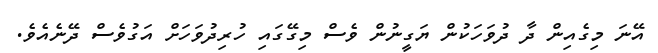
އޭނަ މިގެއިން ދާ ދުވަހަކުން ޔަގީނުން ވެސް މިގޭގައި ހުރިދުވަހަށް އަގުވެސް ދޭނެއެވެ.